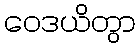
ဝေဒယိတွာ